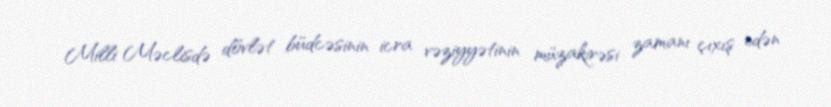
Milli Məclisdə dövlət büdcəsinin icra vəziyyətinin müzakirəsi zamanı çıxış edən